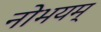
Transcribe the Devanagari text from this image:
नोभयम्